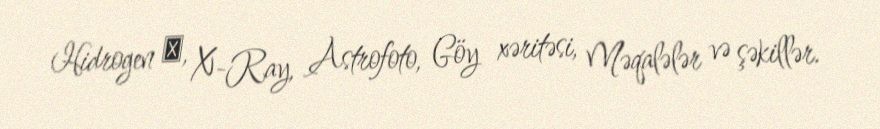
Hidrogen α, X-Ray, Astrofoto, Göy xəritəsi, Məqalələr və şəkillər.